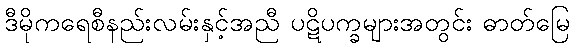
ဒီမိုကရေစီနည်းလမ်းနှင့်အညီ ပဋိပက္ခများအတွင်း ဓာတ်မြေ